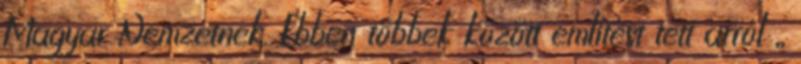
Ma­gyar Nem­­zetnek. Ebben többek között említést tett arról „